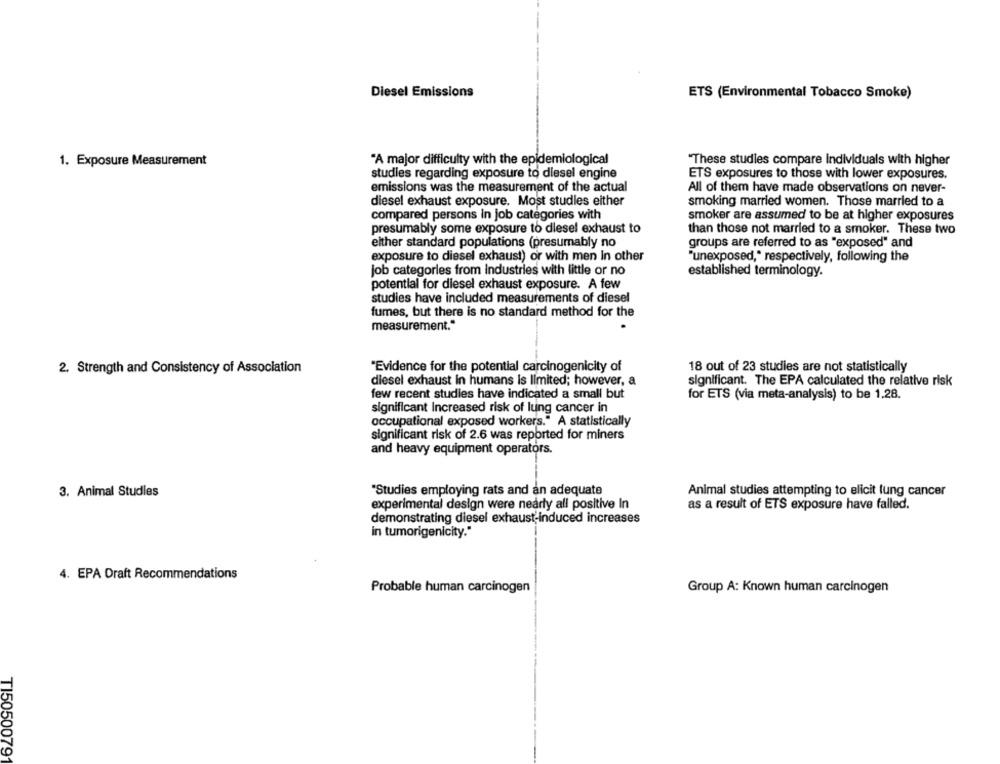
Diesel Emissions
ETS (Environmental Tobacco Smoke)
"These studies compare individuals with higher
1. Exposure Measurement
"A major difficulty with the epidemiological
studies regarding exposure to diesel engine
ETS exposures to those with lower exposures.
emissions was the measurement of the actual
All of them have made observations on never-
diesel exhaust exposure. Most studies either
smoking married women. Those married to a
compared persons in job categories with
smoker are assumed to be at higher exposures
presumably some exposure to diesel exhaust to
than those not married to a smoker. These two
either standard populations (presumably no
groups are referred to as "exposed" and
exposure to diesel exhaust) or with men In other
"unexposed," respectively, following the
job categories from industries with little or no
established terminology.
potential for diesel exhaust exposure. A few
studies have included measurements of diesel
fumes, but there is no standard method for the
measurement."
18 out of 23 studies are not statistically
2. Strength and Consistency of Association
"Evidence for the potential carcinogenicity of
diesel exhaust in humans is limited; however, a
significant. The EPA calculated the relative risk
few recent studies have indicated a small but
for ETS (via meta-analysis) to be 1.28.
significant Increased risk of lung cancer in
occupational exposed workers." A statistically
significant risk of 2.6 was reported for miners
and heavy equipment operators.
3. Animal Studies
"Studies employing rats and an adequate
Animal studies attempting to elicit lung cancer
experimental design were nearly all positive In
as a result of ETS exposure have failed.
demonstrating diesel exhaust-induced increases
in tumorigenicity."
4. EPA Draft Recommendations
Probable human carcinogen
Group A: Known human carcinogen
TI5050079